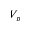
V _ { p }